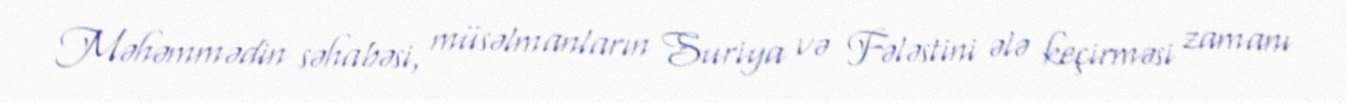
Məhəmmədin səhabəsi, müsəlmanların Suriya və Fələstini ələ keçirməsi zamanı